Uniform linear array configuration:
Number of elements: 12
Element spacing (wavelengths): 0.75
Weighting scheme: uniform
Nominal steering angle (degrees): -15
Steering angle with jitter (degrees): -15.559
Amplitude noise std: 0.05
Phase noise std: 0.05

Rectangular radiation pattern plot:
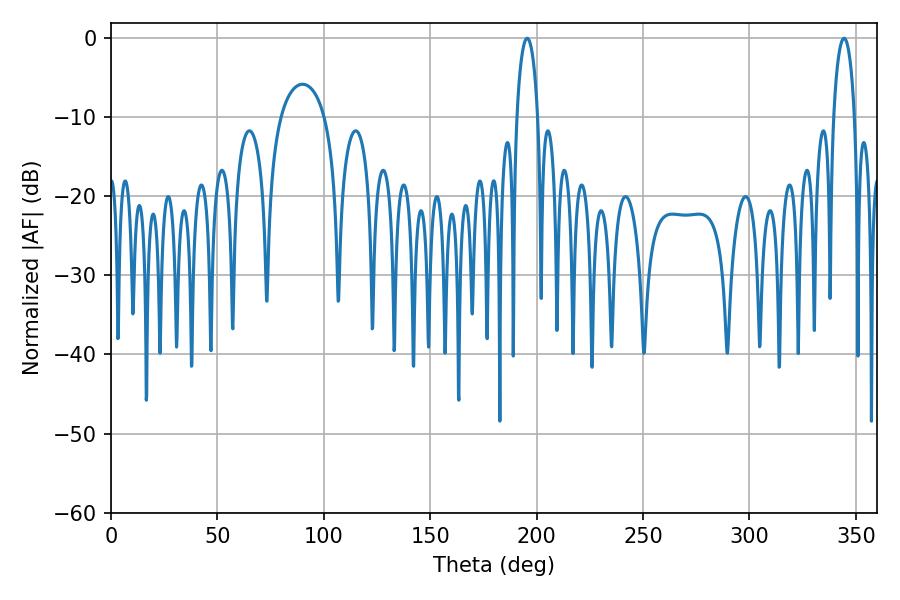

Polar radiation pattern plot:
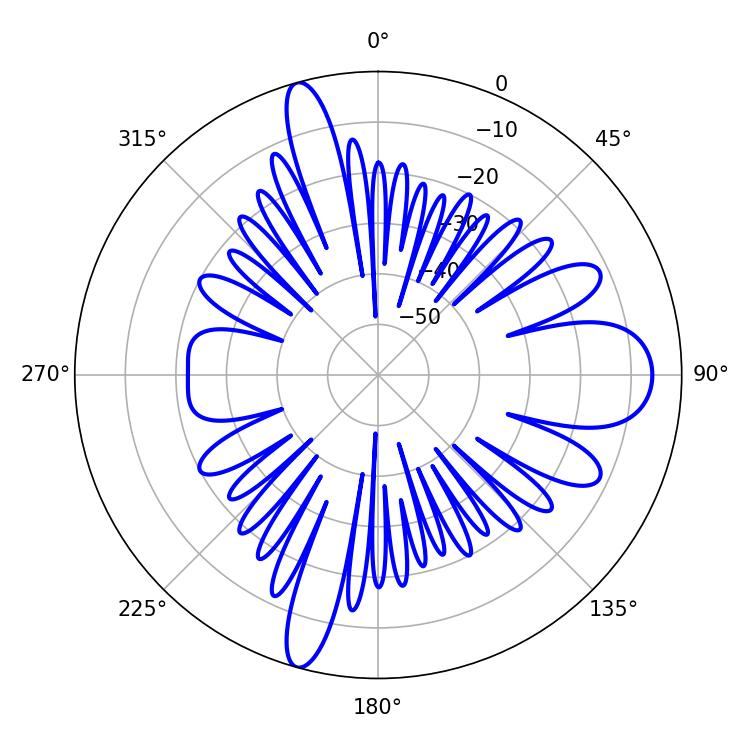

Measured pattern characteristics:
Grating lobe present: TRUE
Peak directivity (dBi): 17.684
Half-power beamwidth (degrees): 5.58
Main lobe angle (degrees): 195.48